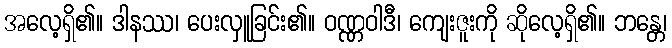
အလေ့ရှိ၏။ ဒါနဿ၊ ပေးလှူခြင်း၏။ ဝဏ္ဏဝါဒီ၊ ကျေးဇူးကို ဆိုလေ့ရှိ၏။ ဘန္တေ၊